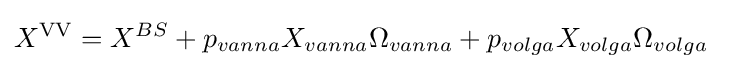
{\begin{aligned}X^{\rm {VV}}&=X^{BS}+p_{vanna}X_{vanna}\Omega _{vanna}+p_{volga}X_{volga}\Omega _{volga}\end{aligned}}